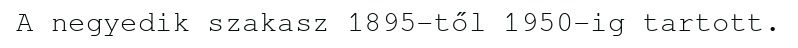
A negyedik szakasz 1895-től 1950-ig tartott.